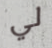
لي